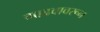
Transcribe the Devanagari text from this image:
गाढवावरून